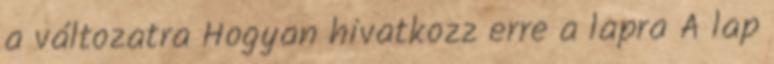
a változatra Hogyan hivatkozz erre a lapra A lap